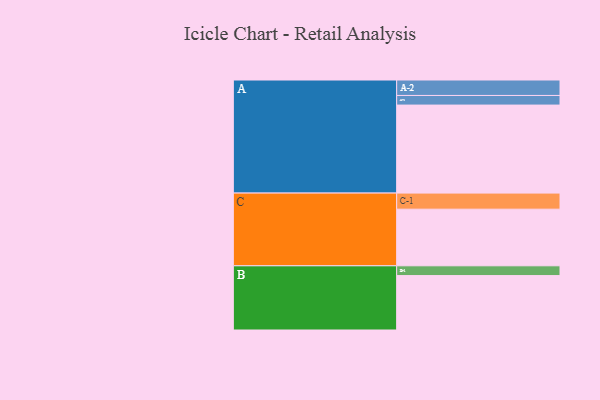
{"axis": {"x": "Segment", "y": "Value"}, "legend": ["", "A", "B", "C"], "data": [{"x": "A", "y": 558, "type": ""}, {"x": "B", "y": 345, "type": ""}, {"x": "C", "y": 359, "type": ""}, {"x": "A-1", "y": 61, "type": "A"}, {"x": "A-2", "y": 98, "type": "A"}, {"x": "B-1", "y": 62, "type": "B"}, {"x": "C-1", "y": 102, "type": "C"}]}